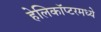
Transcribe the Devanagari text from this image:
हेलिकॉप्टरमध्ये